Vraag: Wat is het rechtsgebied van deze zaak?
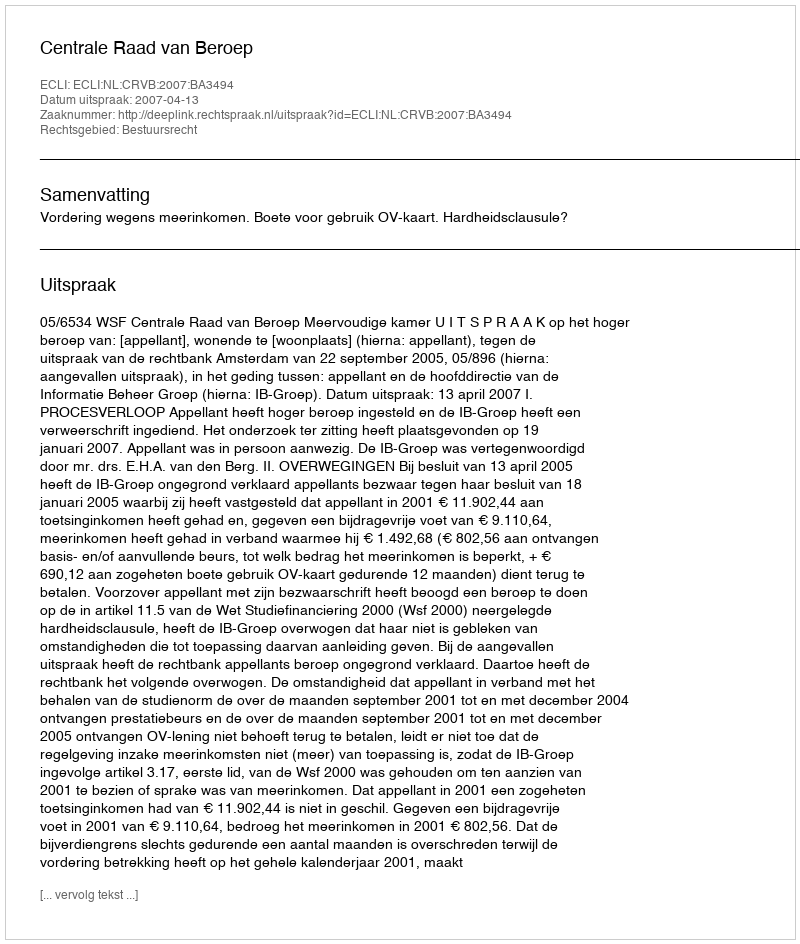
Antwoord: Bestuursrecht